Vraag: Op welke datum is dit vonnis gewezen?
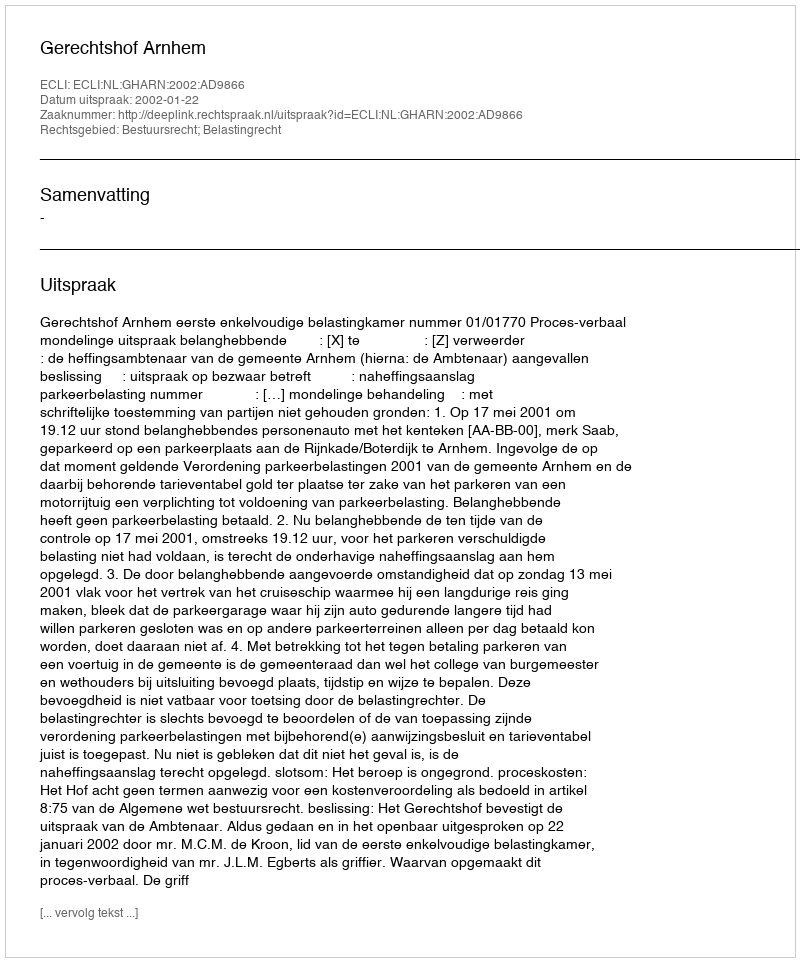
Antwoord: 2002-01-22